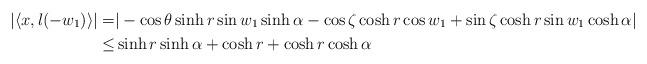
LaTeX: \begin{align*}|\langle x,l(-w_1)\rangle|=&|-\cos\theta \sinh r \sin w_1\sinh\alpha-\cos \zeta \cosh r \cos w_1+\sin \zeta \cosh r \sin w_1\cosh\alpha| \\\leq& \sinh r\sinh \alpha+\cosh r+\cosh r\cosh\alpha\end{align*}